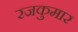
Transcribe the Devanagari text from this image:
रजकुमार